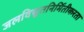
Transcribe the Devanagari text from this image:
जलविद्युतनिर्मितीकरता